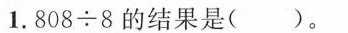
1.$$8 0 8 \div 8$$的结果是( )。